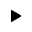
\blacktriangleright